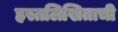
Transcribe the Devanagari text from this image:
हस्तलिखिताची